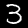
Label: 3